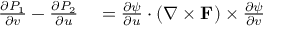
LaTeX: \begin{array} { r l } { { \frac { \partial P _ { 1 } } { \partial v } } - { \frac { \partial P _ { 2 } } { \partial u } } } & { { } = { \frac { \partial \psi } { \partial u } } \cdot ( \nabla \times \mathbf { F } ) \times { \frac { \partial \psi } { \partial v } } } \end{array}